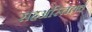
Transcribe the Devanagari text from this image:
सहअस्तितव